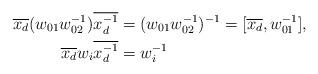
LaTeX: \begin{align*}\overline{x_d}(w_{01}w_{02}^{-1})\overline{x_d^{-1}} &= (w_{01}w_{02}^{-1})^{-1} = [\overline{x_d},w_{01}^{-1}], \\\overline{x_d} w_i \overline{x_d^{-1}} &= w_i^{-1}\end{align*}